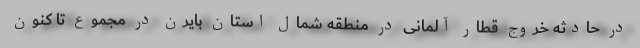
در حادثه خروج قطار آلمانی در منطقه شمال استان بایرن در مجموع تا کنون